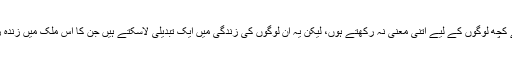
ہوسکتا ہے کہ یہ اعداد ہم میں سے کچھ لوگوں کے لیے اتنی معنیٰ نہ رکھتے ہوں، لیکن یہ ان لوگوں کی زندگی میں ایک تبدیلی لاسکتے ہیں جن کا اس ملک میں زندہ رہنا بھی ایک جدوجہد بن چکا ہے۔